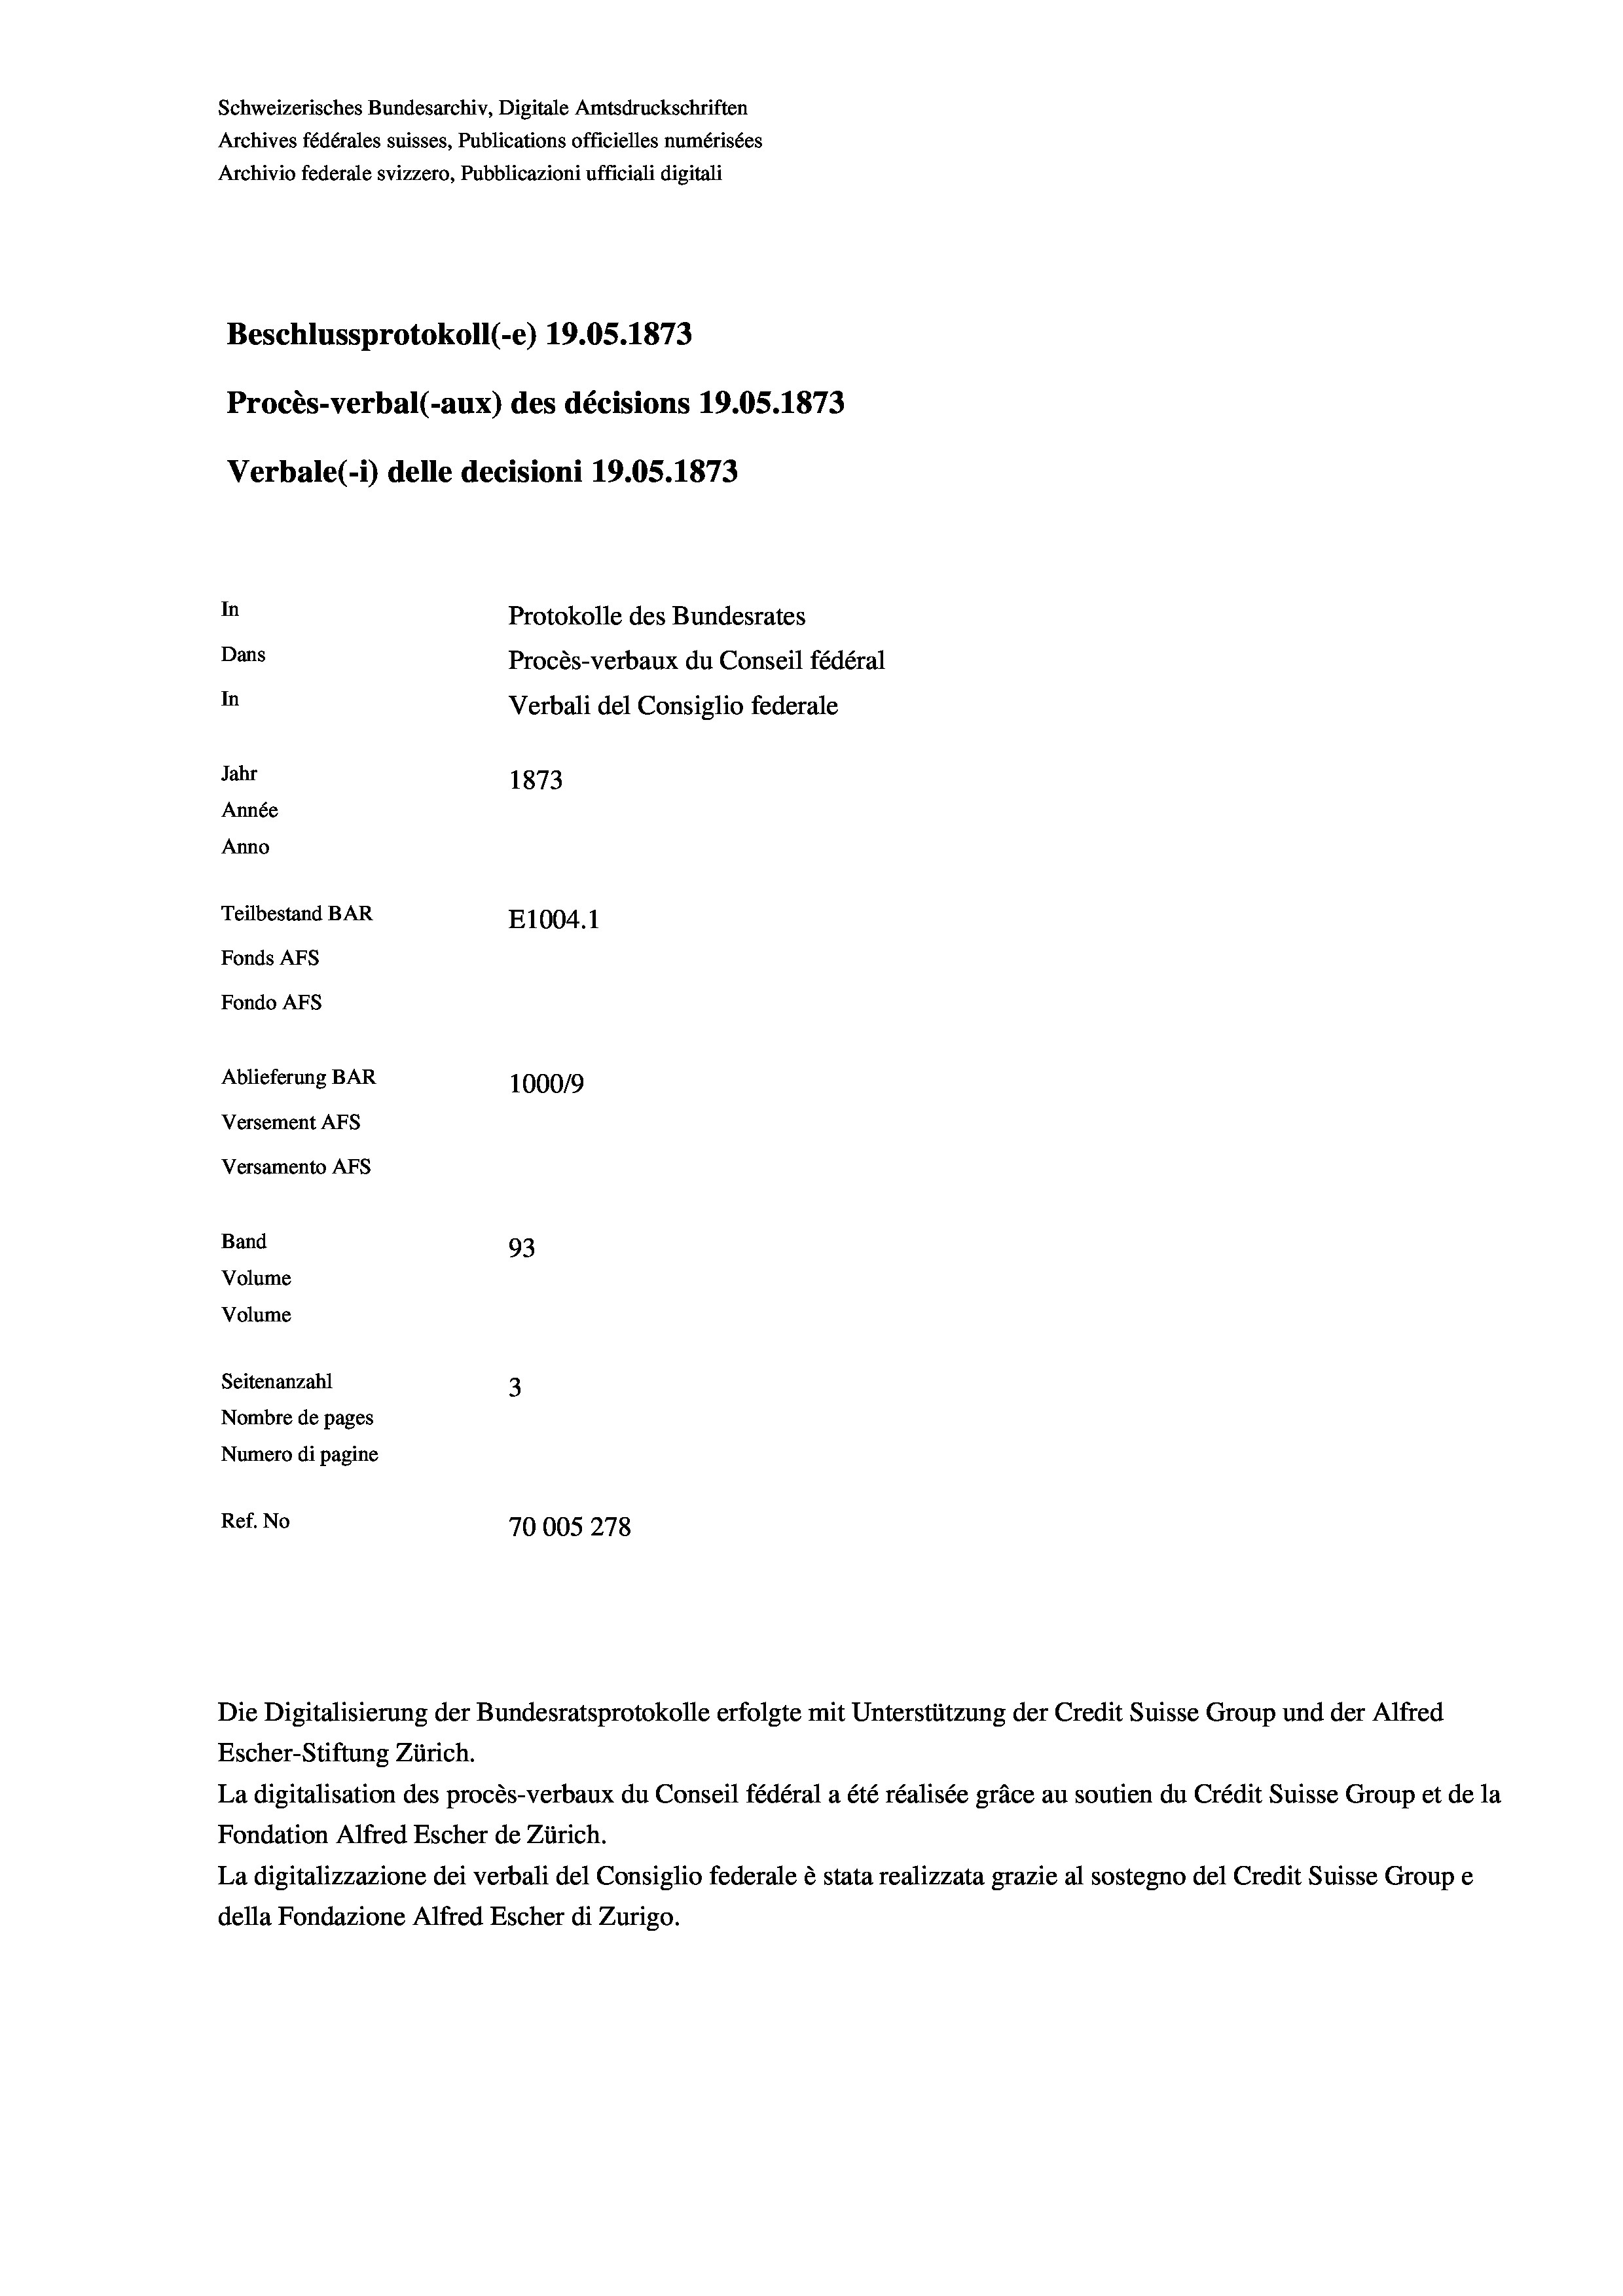
Schweizerisches Bundesarchiv, Digitale Amtsdruckschriften
Archives fédérales suisses, Publications officielles numérisées
Archivio federale svizzero, Pubblicazioni ufficiali digitali
Beschlussprotokoll (-e) 19.05. 1873
Procès-verbal (-aux) des décisions 19.05. 1873
Verbale (1) delle decisioni 19.05. 1873
In
Protokolle des Bundesrates
Dans
Procès-verbaux du Conseil fédéral
In
Verbali del Consiglio federale
Jahr
1873
Année
Anno
Teilbestand BAR
E1004. 1
Fonds AFs
Fondo AFs
Ablieferung BAR
100019
Versement AFS

Versamento Afs

Band

Volume
Volume
Seitenanzahl
Nombre de pages
Numero di pagine
Ref. No

93
3

70005278

Die Digitalisierung der Bundesratsprotokolle erfolgte mit Unterstützung der Credit Suisse Group und der Alfred
Escher-Stiftung Zürich.
La digitalisation des procès-verbaux du Conseil fédéral a été réalisée gräce au soutien du Crédit Suisse Group et de la
Fondation Alfred Escher de Zürich.
La digitalizzazione dei verbali del Consiglio federale è stata realizzata grazie al sostegno del Credit Suisse Groupe
della Fondazione Alfred Escher di Zurigo.